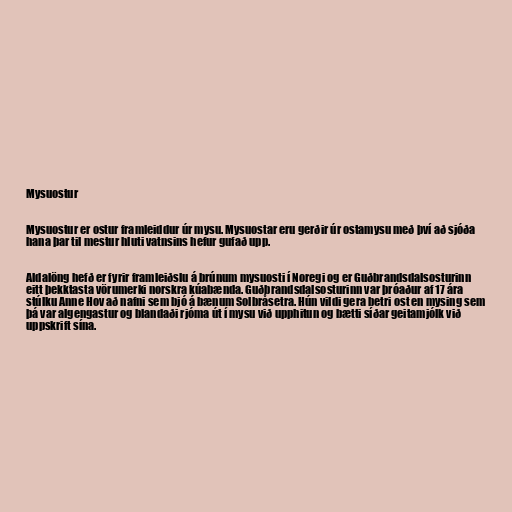
Mysuostur

Mysuostur er ostur framleiddur úr mysu. Mysuostar eru gerðir úr ostamysu með því að sjóða
hana þar til mestur hluti vatnsins hefur gufað upp.

Aldalöng hefð er fyrir framleiðslu á brúnum mysuosti í Noregi og er Guðbrandsdalsosturinn
eitt þekktasta vörumerki norskra kúabænda. Guðbrandsdalsosturinn var þróaður af 17 ára
stúlku Anne Hov að nafni sem bjó á bænum Solbråsetra. Hún vildi gera betri ost en mysing sem
þá var algengastur og blandaði rjóma út í mysu við upphitun og bætti síðar geitamjólk við
uppskrift sína.